Indian journal of veterinary science and animal husbandry - Volumes 26-27, 1956-1957
Year: 1956
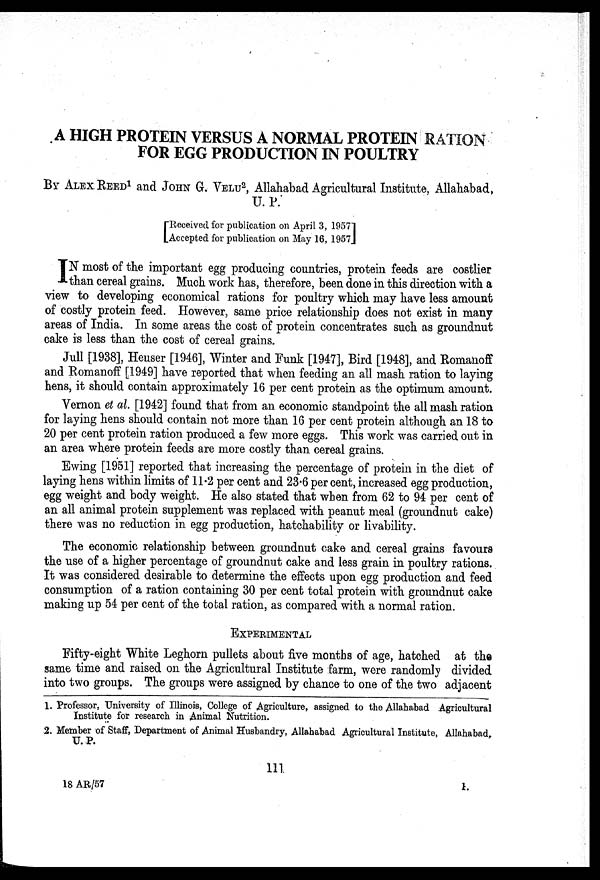
A HIGH PROTEIN VERSUS A NORMAL PROTEIN RATION
FOR EGG PRODUCTION IN POULTRY
By ALEX REED1 and JOHN G. VELU2, Allahabad Agricultural Institute, Allahabad,
U.P.
[Received for publication on April 3, 1957
Accepted for publication on May 16, 1957]
I N most of the important egg producing countries, protein feeds are costlier
than cereal grains. Much work has, therefore, been done in this direction with a
view to developing economical rations for poultry which may have less amount
of costly protein feed. However, same price relationship does not exist in many
areas of India. In some areas the cost of protein concentrates such as groundnut
cake is less than the cost of cereal grains.
Jull [1938], Heuser [1946], Winter and Funk [1947], Bird [1948], and Romanoff
and Romanoff [1949] have reported that when feeding an all mash ration to laying
hens, it should contain approximately 16 per cent protein as the optimum amount.
Vernon et al. [1942] found that from an economic standpoint the all mash ration
for laying hens should contain not more than 16 per cent protein although an 18 to
20 per cent protein ration produced a few more eggs. This work was carried out in
an area where protein feeds are more costly than cereal grains.
Ewing [1951] reported that increasing the percentage of protein in the diet of
laying hens within limits of 11.2 per cent and 23.6 per cent, increased egg production,
egg weight and body weight. He also stated that when from 62 to 94 per cent of
an all animal protein supplement was replaced with peanut meal (groundnut cake)
there was no reduction in egg production, hatchability or livability.
The economic relationship between groundnut cake and cereal grains favours
the use of a higher percentage of groundnut cake and less grain in poultry rations.
It was considered desirable to determine the effects upon egg production and feed
consumption of a ration containing 30 per cent total protein with groundnut cake
making up 54 per cent of the total ration, as compared with a normal ration.
EXPERIMENTAL
Fifty-eight White Leghorn pullets about five months of age, hatched at the
same time and raised on the Agricultural Institute farm, were randomly divided
into two groups. The groups were assigned by chance to one of the two adjacent
1. Professor, University of Illinois, College of Agriculture, assigned to the Allahabad Agricultural
Institute for research in Animal Nutrition.
2. Member of Staff, Department of Animal Husbandry, Allahabad Agricultural Institute, Allahabad,
U.P.
111
18 AR/57
1.